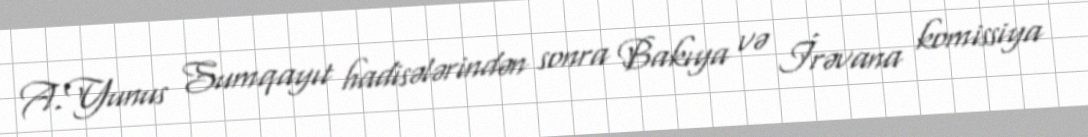
A.Yunus Sumqayıt hadisələrindən sonra Bakıya və İrəvana komissiya